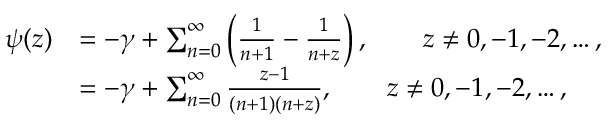
{ \begin{array} { r l } { \psi ( z ) } & { = - \gamma + \sum _ { n = 0 } ^ { \infty } \left( { \frac { 1 } { n + 1 } } - { \frac { 1 } { n + z } } \right) , \qquad z \neq 0 , - 1 , - 2 , \ldots , } \\ & { = - \gamma + \sum _ { n = 0 } ^ { \infty } { \frac { z - 1 } { ( n + 1 ) ( n + z ) } } , \qquad z \neq 0 , - 1 , - 2 , \ldots , } \end{array} }